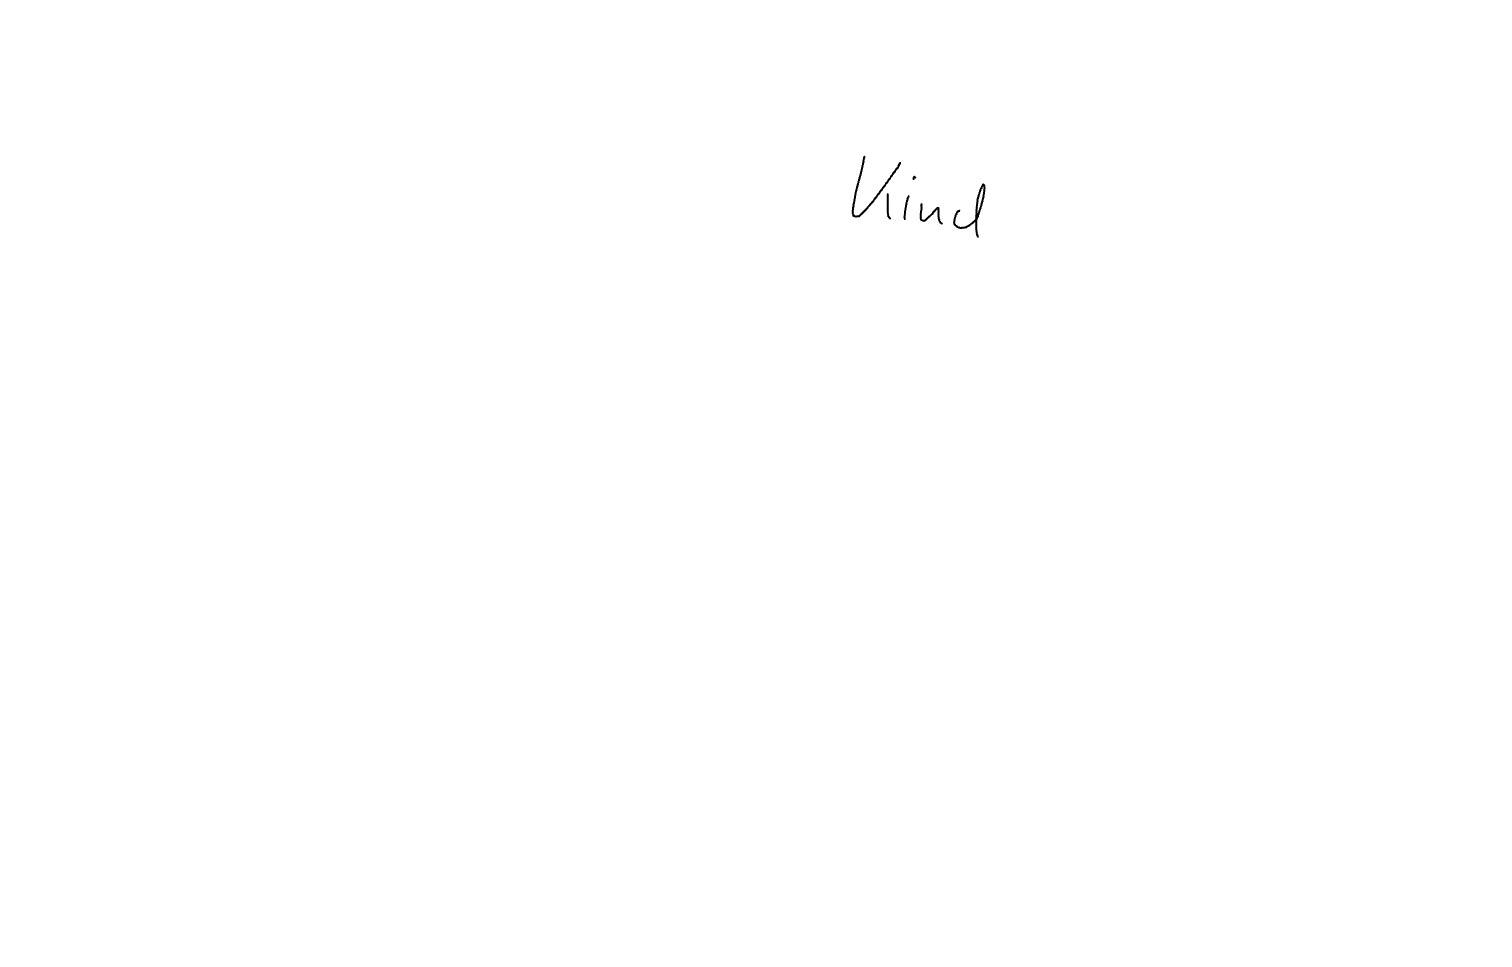
Text: Kind